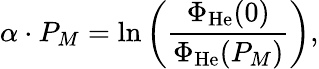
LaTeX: \alpha\cdot P_{M}=\ln{\left(\frac{\Phi_{\mathrm{He}}(0)}{\Phi_{\mathrm{He}}(P_{M})}\right)},